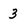
Character: 3